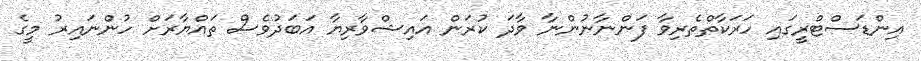
އިންޑަސްޓްރީގައި ހަރަކާތްތެރިވާ ފަންނާނުންނާ ވާދަ ކުރަން އައިޝްވާރިޔާ އަބަދުވެސް ތައްޔާރަށް ހުންނައިރު މީގެ